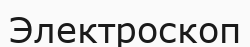
Электроскоп